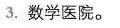
3.数学医院。